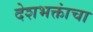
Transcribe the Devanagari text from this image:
देशभक्तांचा